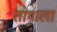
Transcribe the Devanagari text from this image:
तापाला